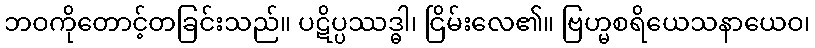
ဘဝကိုတောင့်တခြင်းသည်။ ပဋိပ္ပဿဒ္ဓါ၊ ငြိမ်းလေ၏။ ဗြဟ္မစရိယေသနာယေဝ၊